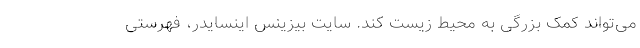
می‌تواند کمک بزرگی به محیط زیست کند. سایت بیزینس اینسایدر، فهرستی